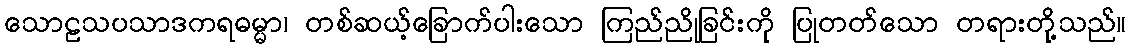
သောဠသပသာဒကရဓမ္မာ၊ တစ်ဆယ့်ခြောက်ပါးသော ကြည်ညိုခြင်းကို ပြုတတ်သော တရားတို့သည်။